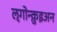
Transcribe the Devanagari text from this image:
ऌगोन्क़ुइअन